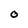
Character: O